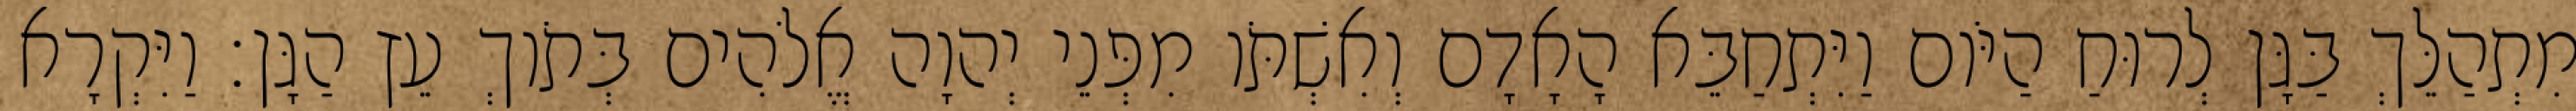
מִתְהַלֵּךְ בַּגָּן לְרוּחַ הַיֹּום וַיִּתְחַבֵּא הָאָדָם וְאִשְׁתֹּו מִפְּנֵי יְהוָה אֱלֹהִים בְּתֹוךְ עֵץ הַגָּן׃ וַיִּקְרָא